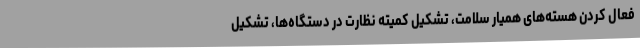
فعال کردن هسته‌های همیار سلامت، تشکیل کمیته نظارت در دستگاه‌ها، تشکیل